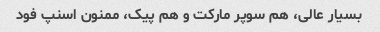
بسیار عالی، هم سوپر مارکت و هم پیک، ممنون اسنپ فود